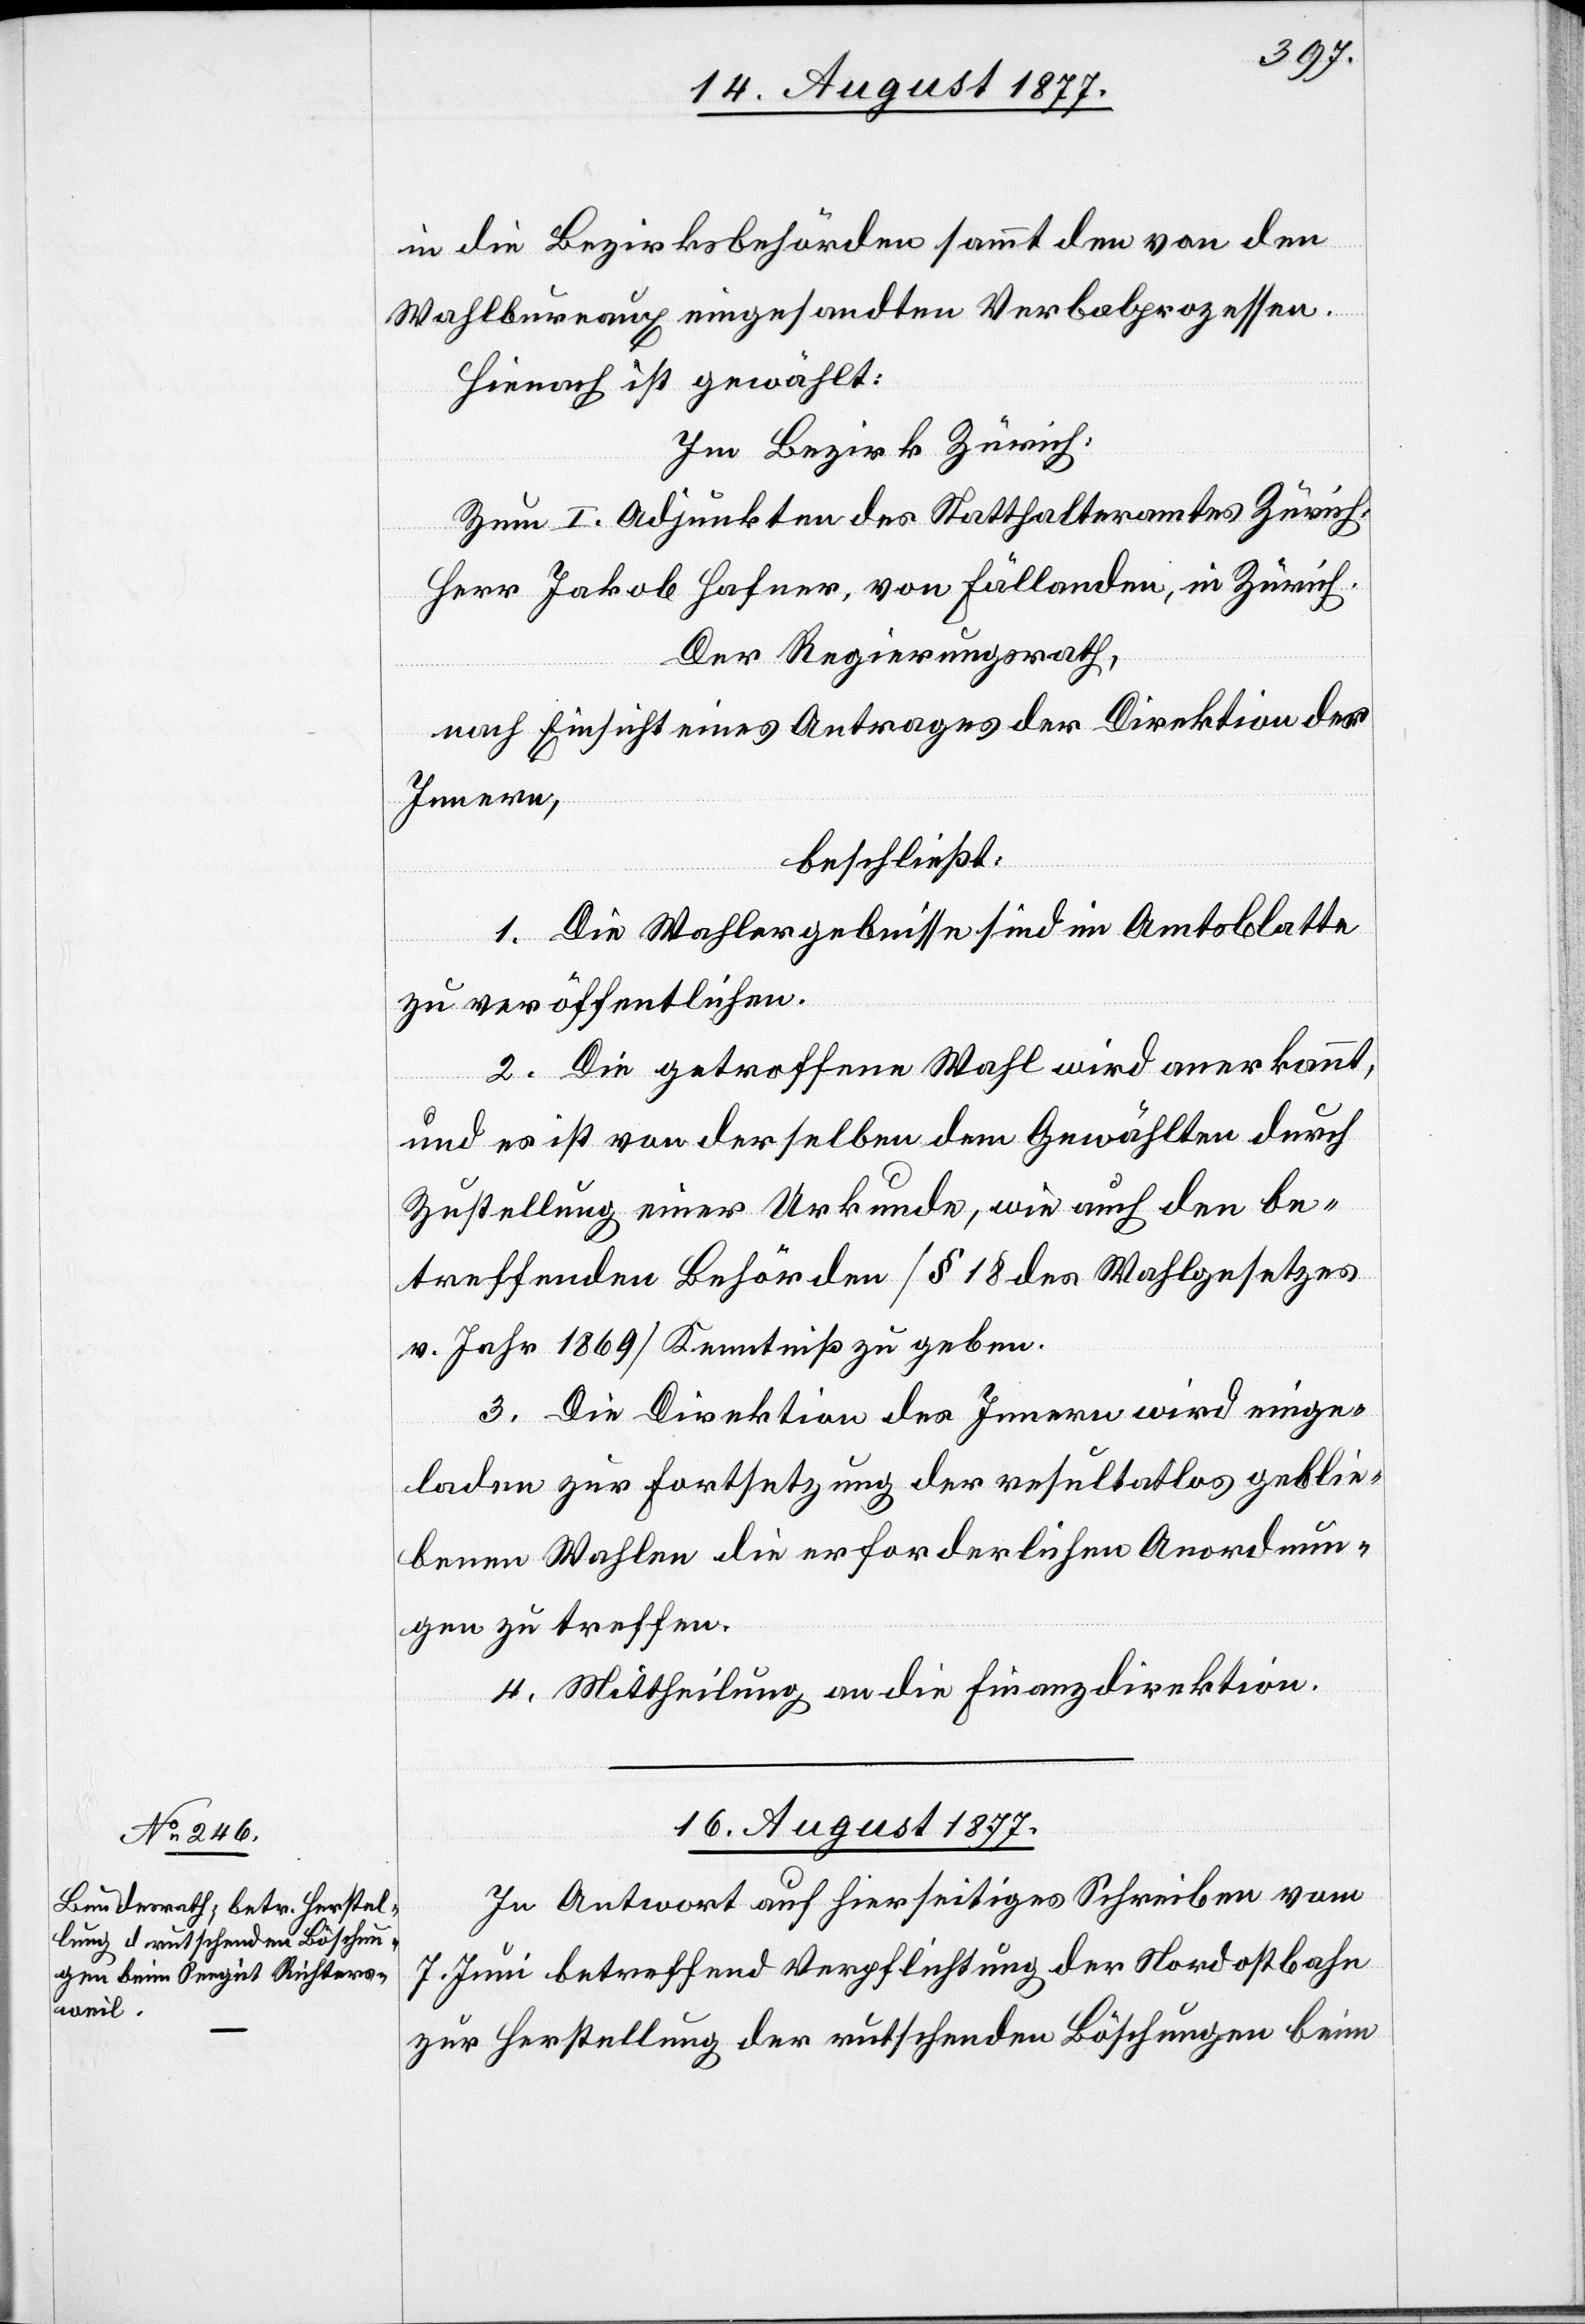
in die Bezirksbehörden sammt den von den
Wahlbureaux eingesandten Verbalprozessen.
Hienach ist gewählt:
Im Bezirk Zürich:
Zum I. Adjunkten des Statthalteramtes Zürich:
Herr Jakob Hafner, von Fällanden, in Zürich.
Der Regierungsrath,
nach Einsicht eines Antrages der Direktion des
Innern,
beschließt:
1. Die Wahlergebnisse sind im Amtsblatte
zu veröffentlichen.
2. Die getroffene Wahl wird anerkannt,
und es ist von derselben dem Gewählten durch
Zustellung einer Urkunde, wie auch den be¬
treffenden Behörden [§ 18 des Wahlgesetzes
v. Jahr 1869] Kenntniß zu geben.
3. Die Direktion des Innern wird einge¬
laden zur Fortsetzung der resultatlos geblie¬
benen Wahlen die erforderlichen Anordnun¬
gen zu treffen.
4. Mittheilung an die Finanzdirektion.
16. August 1877.
In Antwort auf hierseitiges Schreiben vom
7. Juni betreffend Verpflichtung der Nordostbahn
zur Herstellung der rutschenden Böschungen beim